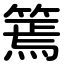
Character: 篶